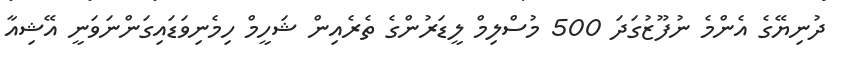
ދުނިޔޭގެ އެންމެ ނުފޫޒުގަދަ 500 މުސްލިމް ލީޑަރުންގެ ތެރެއިން ޝަހީމް ހިމެނިވަޑައިގަންނަވަނީ އޭޝިއާ